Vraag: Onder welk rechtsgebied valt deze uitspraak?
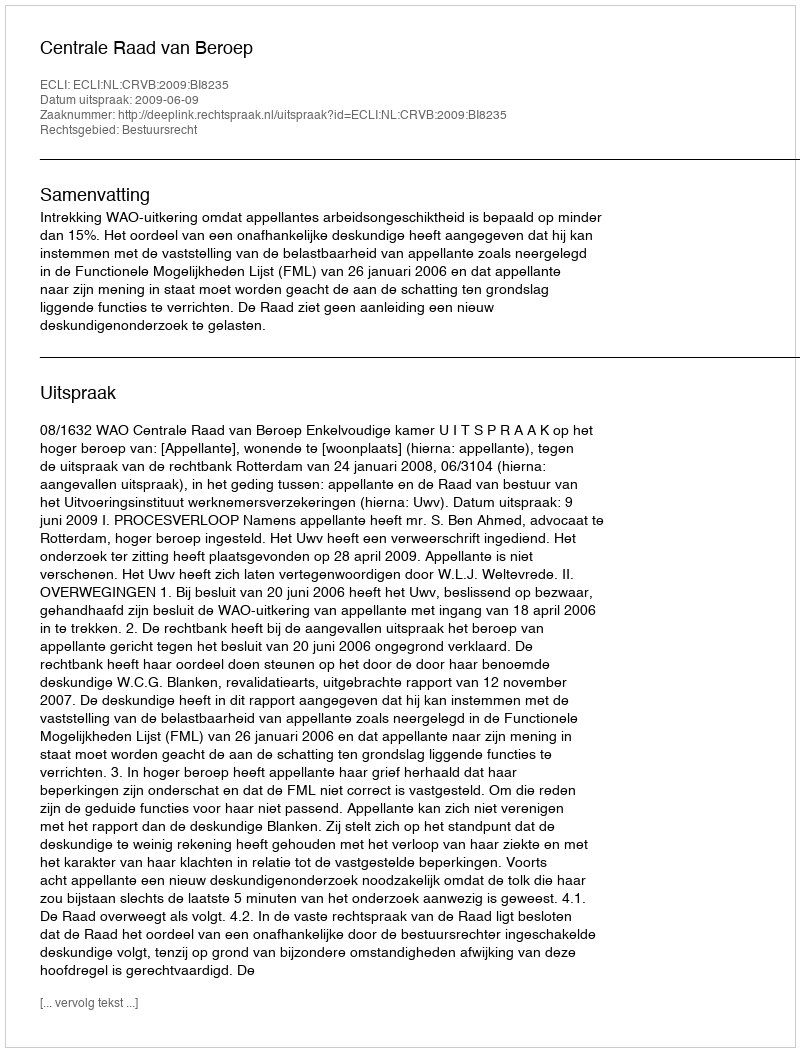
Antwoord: Bestuursrecht